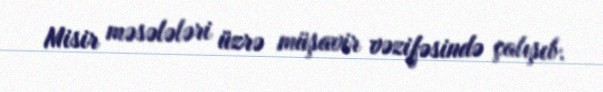
Misir məsələləri üzrə müşavir vəzifəsində çalışıb.